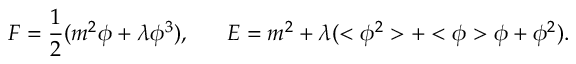
F = \frac { 1 } { 2 } ( m ^ { 2 } \phi + \lambda \phi ^ { 3 } ) , \; \; \; \; \; \; E = m ^ { 2 } + \lambda ( < \phi ^ { 2 } > + < \phi > \phi + \phi ^ { 2 } ) .